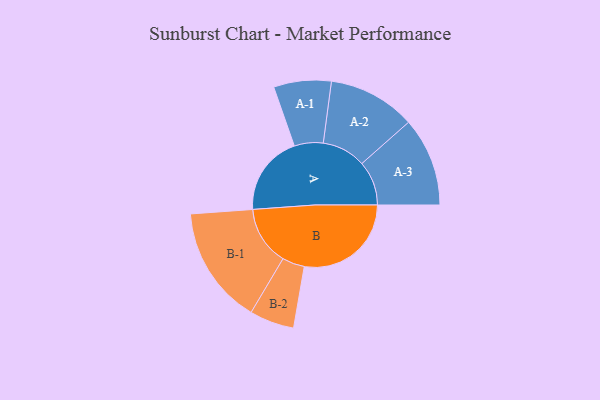
{"axis": {"x": "Segment", "y": "Value"}, "legend": ["", "A", "B"], "data": [{"x": "A", "y": 373, "type": ""}, {"x": "B", "y": 498, "type": ""}, {"x": "A-1", "y": 134, "type": "A"}, {"x": "A-2", "y": 204, "type": "A"}, {"x": "A-3", "y": 207, "type": "A"}, {"x": "B-1", "y": 275, "type": "B"}, {"x": "B-2", "y": 104, "type": "B"}]}